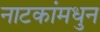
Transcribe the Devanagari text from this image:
नाटकांमधुन